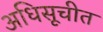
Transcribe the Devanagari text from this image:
अधिसूचीत